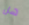
هل